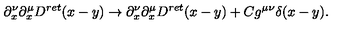
\partial _ { x } ^ { \nu } \partial _ { x } ^ { \mu } D ^ { r e t } ( x - y ) \rightarrow \partial _ { x } ^ { \nu } \partial _ { x } ^ { \mu } D ^ { r e t } ( x - y ) + C g ^ { \mu \nu } \delta ( x - y ) .